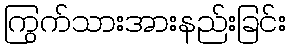
ကြွက်သားအားနည်းခြင်း